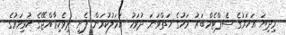
މިދިޔަ އަހަރުގެ ސެޕްޓެމްބަރު މަހުގެ ހަތްވަނަ ދުވަހު އަމަލުކުރަން ފެށި ދިވެހިރާއްޖޭގެ ކުޅިވަރުގެ